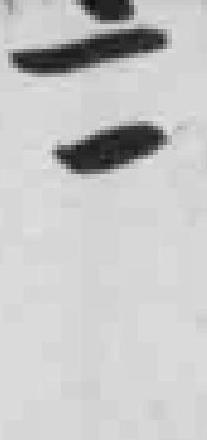
二一